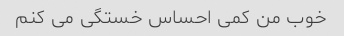
خوب من کمی احساس خستگی می کنم